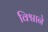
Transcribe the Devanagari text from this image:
विश्वाने